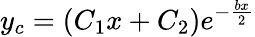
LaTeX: y_{c}=(C_{1}x+C_{2})e^{-{\frac{bx}{2}}}